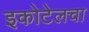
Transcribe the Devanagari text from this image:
इकोटेलचा